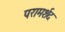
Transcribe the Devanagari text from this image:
परामर्शद